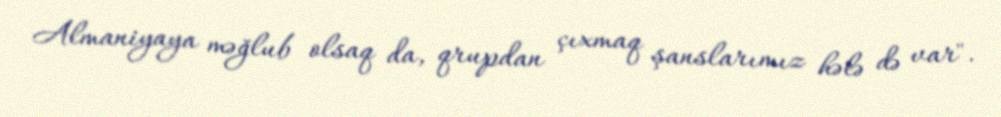
Almaniyaya məğlub olsaq da, qrupdan çıxmaq şanslarımız hələ də var".